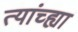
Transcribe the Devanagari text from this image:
त्यांच्ह्या